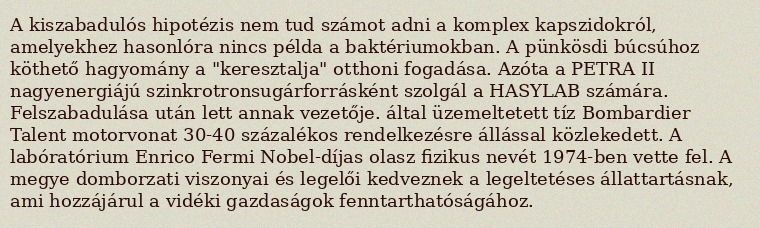
A kiszabadulós hipotézis nem tud számot adni a komplex kapszidokról, amelyekhez hasonlóra nincs példa a baktériumokban. A pünkösdi búcsúhoz köthető hagyomány a "keresztalja" otthoni fogadása. Azóta a PETRA II nagyenergiájú szinkrotronsugárforrásként szolgál a HASYLAB számára. Felszabadulása után lett annak vezetője. által üzemeltetett tíz Bombardier Talent motorvonat 30-40 százalékos rendelkezésre állással közlekedett. A labóratórium Enrico Fermi Nobel-díjas olasz fizikus nevét 1974-ben vette fel. A megye domborzati viszonyai és legelői kedveznek a legeltetéses állattartásnak, ami hozzájárul a vidéki gazdaságok fenntarthatóságához.